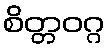
စိတ္တဝဂ္ဂ